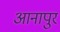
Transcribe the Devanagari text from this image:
आनापुर